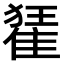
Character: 𨿗